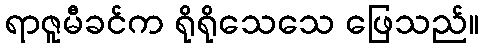
ရာဇူမီခင်က ရိုရိုသေသေ ဖြေသည်။